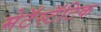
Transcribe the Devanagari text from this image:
मेटॅस्टॅटिक